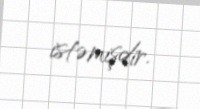
istəmişdir.